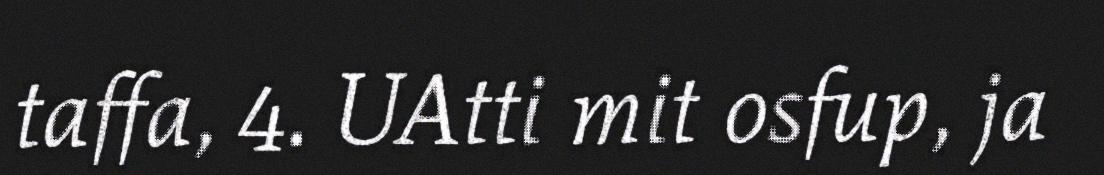
taffa, 4. UAtti mit osfup, ja